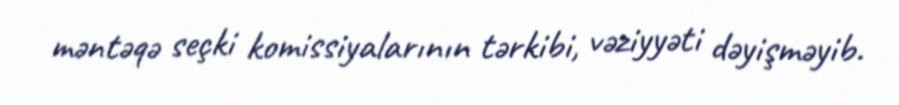
məntəqə seçki komissiyalarının tərkibi, vəziyyəti dəyişməyib.